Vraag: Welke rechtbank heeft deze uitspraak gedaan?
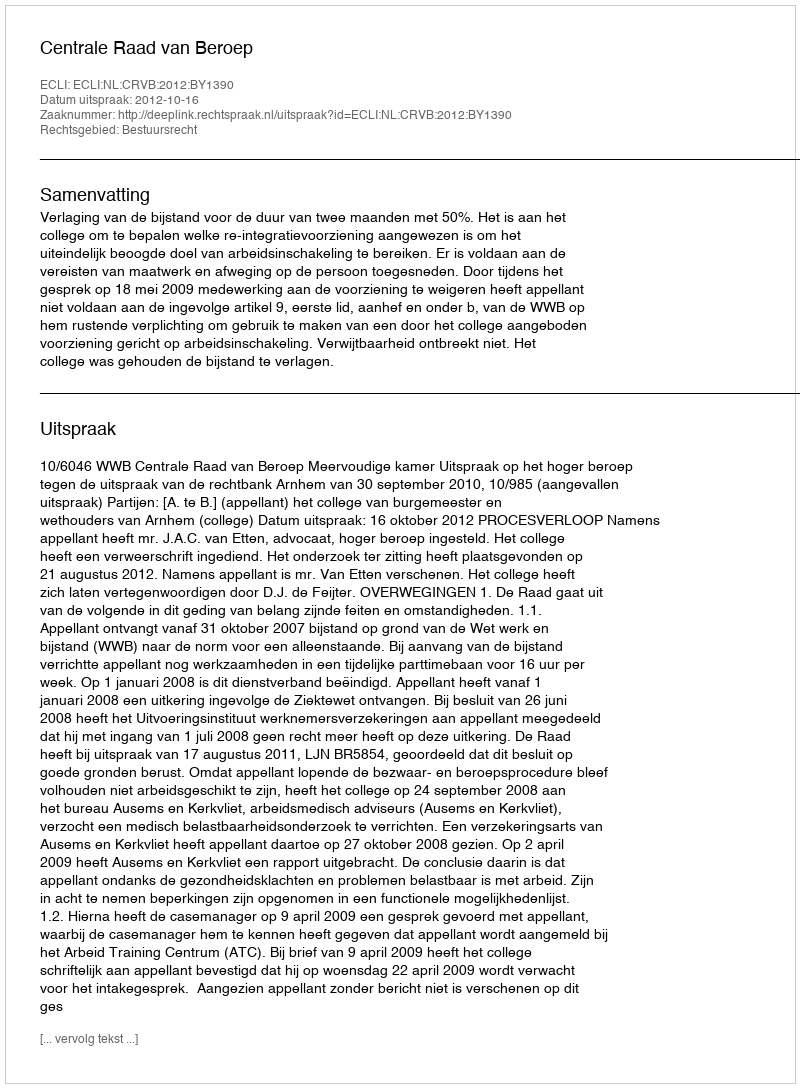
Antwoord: Centrale Raad van Beroep